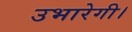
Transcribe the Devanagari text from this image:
उभारेगी।